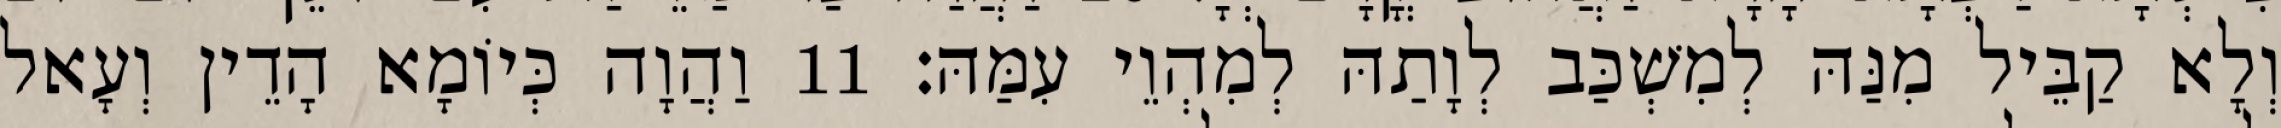
וְלָא קַבֵּיל מִנַּהּ לְמִשְׁכַּב לְוָתַהּ לְמִהְוֵי עִמַּהּ׃ 11 וַהֲוָה כְּיוֹמָא הָדֵין וְעָאל